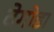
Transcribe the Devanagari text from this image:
देगोडा